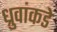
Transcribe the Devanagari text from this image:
ध्रुवांकडे